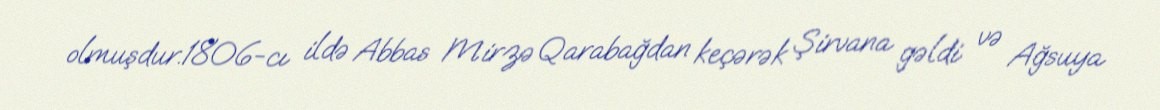
olmuşdur.1806-cı ildə Abbas Mirzə Qarabağdan keçərək Şirvana gəldi və Ağsuya